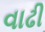
વાઢી